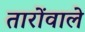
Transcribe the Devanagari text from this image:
तारोंवाले